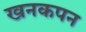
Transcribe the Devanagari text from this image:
खनकपन